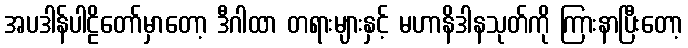
အပဒါန်ပါဠိတော်မှာတော့ ဒီဂါထာ တရားများနှင့် မဟာနိဒါနသုတ်ကို ကြားနာပြီးတော့